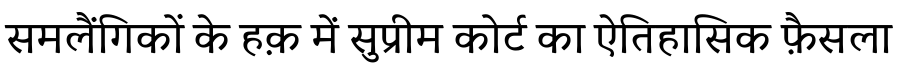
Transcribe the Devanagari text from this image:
समलैंगिकों के हक़ में सुप्रीम कोर्ट का ऐतिहासिक फ़ैसला